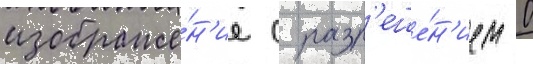
изображе́н'ие с разр'еше́н'ием 0